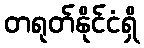
တရုတ်နိုင်ငံရှိ